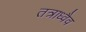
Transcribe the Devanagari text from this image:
तत्राध्वैव